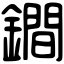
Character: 鐧